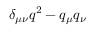
\delta _ { \mu \nu } q ^ { 2 } - q _ { \mu } q _ { \nu }